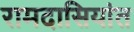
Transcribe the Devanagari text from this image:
रामदासियांत